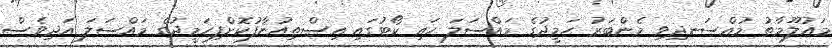
މައުލޫމާތު މުއްސަނދިވި މެންބަރު ހަމީދުގެ މައްސަލަ ހައި ކޯޓުގައި އިސްތިއުނާފުކޮށްފިހަމީދުގެ މައްސަލަ އަދިވެސް